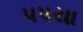
પપયા